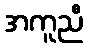
အကူညီ